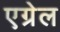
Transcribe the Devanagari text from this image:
एग्रेल